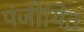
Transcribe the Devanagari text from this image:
पंजीयित